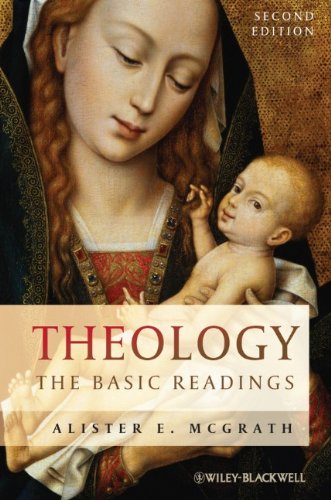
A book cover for Theology: The Basic Readings; Christian Books & Bibles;